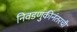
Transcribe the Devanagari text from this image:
निवडणुकीनंतरची